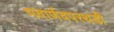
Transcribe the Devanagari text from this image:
भवार्णवपरथडी